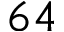
6 4